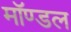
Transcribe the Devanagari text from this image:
मॉण्डल